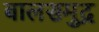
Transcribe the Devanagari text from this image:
बालसमुद्र